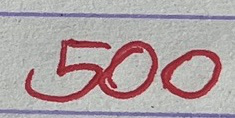
500